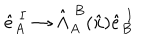
\hat { e } _ { A } ^ { \ I } \rightarrow \hat { \Lambda } _ { A } ^ { \ B } ( \hat { x } ) \hat { e } _ { B } ^ { \ I }